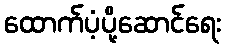
ထောက်ပံ့ပို့ဆောင်ရေး